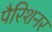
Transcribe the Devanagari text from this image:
पैरिशनर